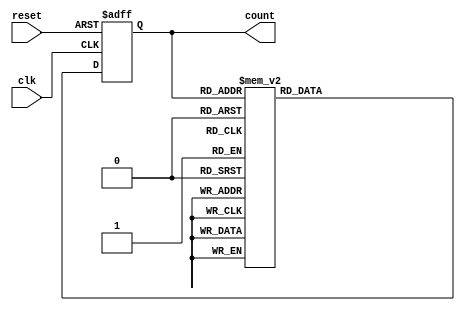
module DecadeRingCounter (
    input wire clk,       // Clock input
    input wire reset,     // Asynchronous reset input
    output reg [3:0] count // 4-bit output for the counter
);

// Define states in binary
localparam S0 = 4'b0000;
localparam S1 = 4'b0001;
localparam S2 = 4'b0010;
localparam S3 = 4'b0011;
localparam S4 = 4'b0100;
localparam S5 = 4'b0101;
localparam S6 = 4'b0110;
localparam S7 = 4'b0111;
localparam S8 = 4'b1000;
localparam S9 = 4'b1001;

always @(posedge clk or posedge reset) begin
    if (reset) begin
        // Asynchronous reset
        count <= S0;
    end else begin
        // State transition logic
        case (count)
            S0: count <= S1;
            S1: count <= S2;
            S2: count <= S3;
            S3: count <= S4;
            S4: count <= S5;
            S5: count <= S6;
            S6: count <= S7;
            S7: count <= S8;
            S8: count <= S9;
            S9: count <= S0; // Wrap around to S0
            default: count <= S0; // Default to S0 to handle any unknown state
        endcase
    end
end

endmodule